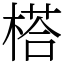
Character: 榙